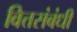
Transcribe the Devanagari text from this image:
वित्तसंबंधी